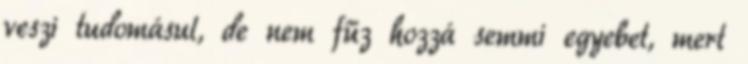
veszi tudomásul, de nem fűz hozzá semmi egyebet, mert